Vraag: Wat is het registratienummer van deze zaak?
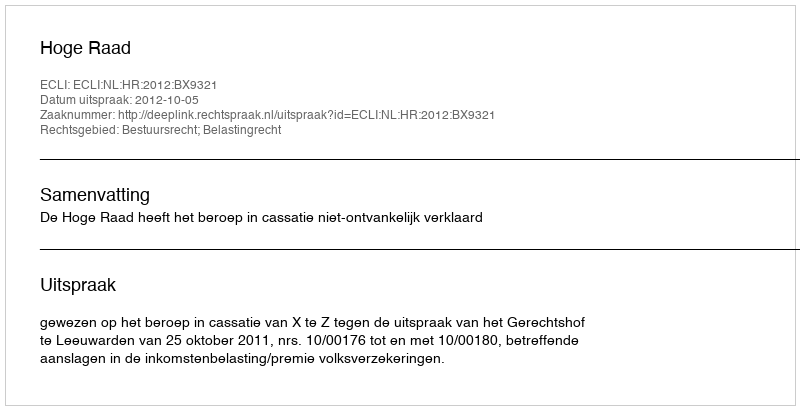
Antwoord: http://deeplink.rechtspraak.nl/uitspraak?id=ECLI:NL:HR:2012:BX9321